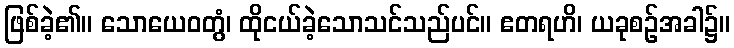
ဖြစ်ခဲ့၏။ သောယေဝတွံ၊ ထိုငယ်ခဲ့သောသင်သည်ပင်။ ဧတရဟိ၊ ယခုစဉ်အခါ၌။